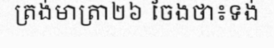
ត្រង់មាត្រា២៦ ចែងថា៖ទង់